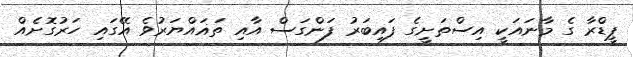
ޕީޑްރާ ގެ މާނައަކީ އިސްތަށީގެ ފައިބަރު ފަންގަސް އާއި ތަޣައްޔަރުވެ އޭގައި ހަރުގޮށެއް